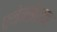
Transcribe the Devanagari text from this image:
एनेक्सेशन